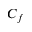
C _ { f }